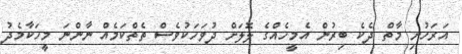
އަރަހުށި މާތް ދެކެ ބިރުން އެމީހެއްގެ ލޮލަށް ދުވަހަކުވެސް ތެތްކަމެއް ނާންނަ މީހަކާމެދު